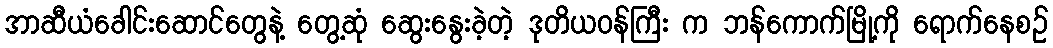
အာဆီယံခေါင်းဆောင်တွေနဲ့ တွေ့ဆုံ ဆွေးနွေးခဲ့တဲ့ ဒုတိယဝန်ကြီး က ဘန်ကောက်မြို့ကို ရောက်နေစဉ်